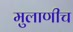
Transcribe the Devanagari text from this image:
मुलाणीच